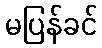
မပြန်ခင်